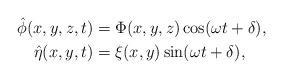
LaTeX: \begin{align*} \hat\phi(x,y,z,t) &= \Phi(x,y,z)\cos(\omega t + \delta), \\ \hat\eta(x,y,t) &=\xi(x,y)\sin(\omega t + \delta), \end{align*}